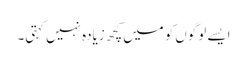
ایسے لوگوں‌کو میں‌کچھ زیادہ نہیں کہتی۔